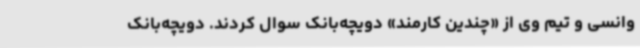
وانسی و تیم وی از «چندین کارمند» دویچه‌بانک سوال کردند. دویچه‌بانک